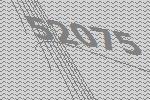
52075